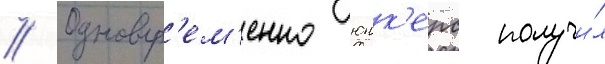
// Одновр'ем'енно юнк'ерс получи́л